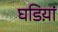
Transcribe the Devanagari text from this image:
घडिय़ां